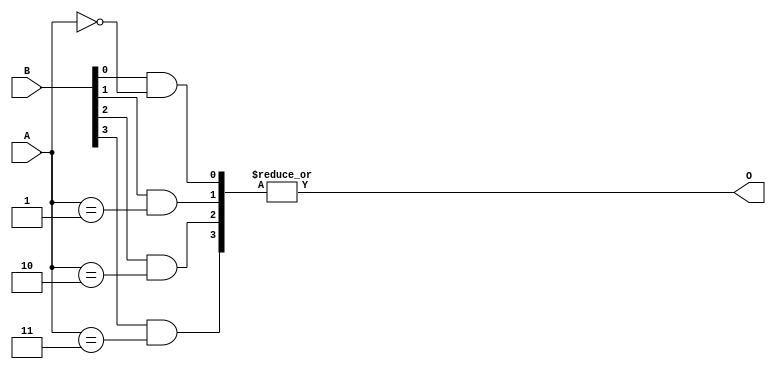
module mLUT2(A, B, O);

input [1:0] A;
output O;
input [3:0] B;

wire [3:0] C;

//assign C[0] = B[0] & A==2'b00;
//assign C[1] = B[1] & A==2'b01;
//assign C[2] = B[2] & A==2'b10;
//assign C[3] = B[3] & A==2'b10;

genvar i ;
generate
  for(i=0;i<4;i=i+1)
    assign C[i] = B[i] & (A==i);
endgenerate

assign O = |C;

//|C
//|C[3:0]
//C[3] | C[2] | C[1] | C[0] 
//C!=4'b0000

endmodule